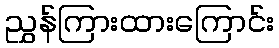
ညွှန်ကြားထားကြောင်း